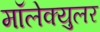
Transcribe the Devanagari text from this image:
मॉलेक्युलर